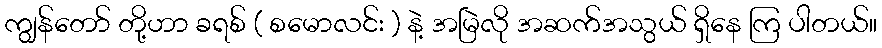
ကျွန်တော် တို့ဟာ ခရစ် ( စမောလင်း ) နဲ့ အမြဲလို အဆက်အသွယ် ရှိနေ ကြ ပါတယ်။